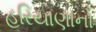
હરિયાણાનો